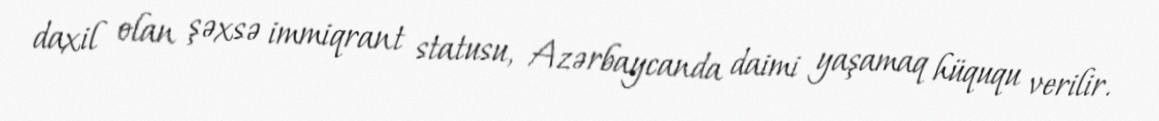
daxil olan şəxsə immiqrant statusu, Azərbaycanda daimi yaşamaq hüququ verilir.